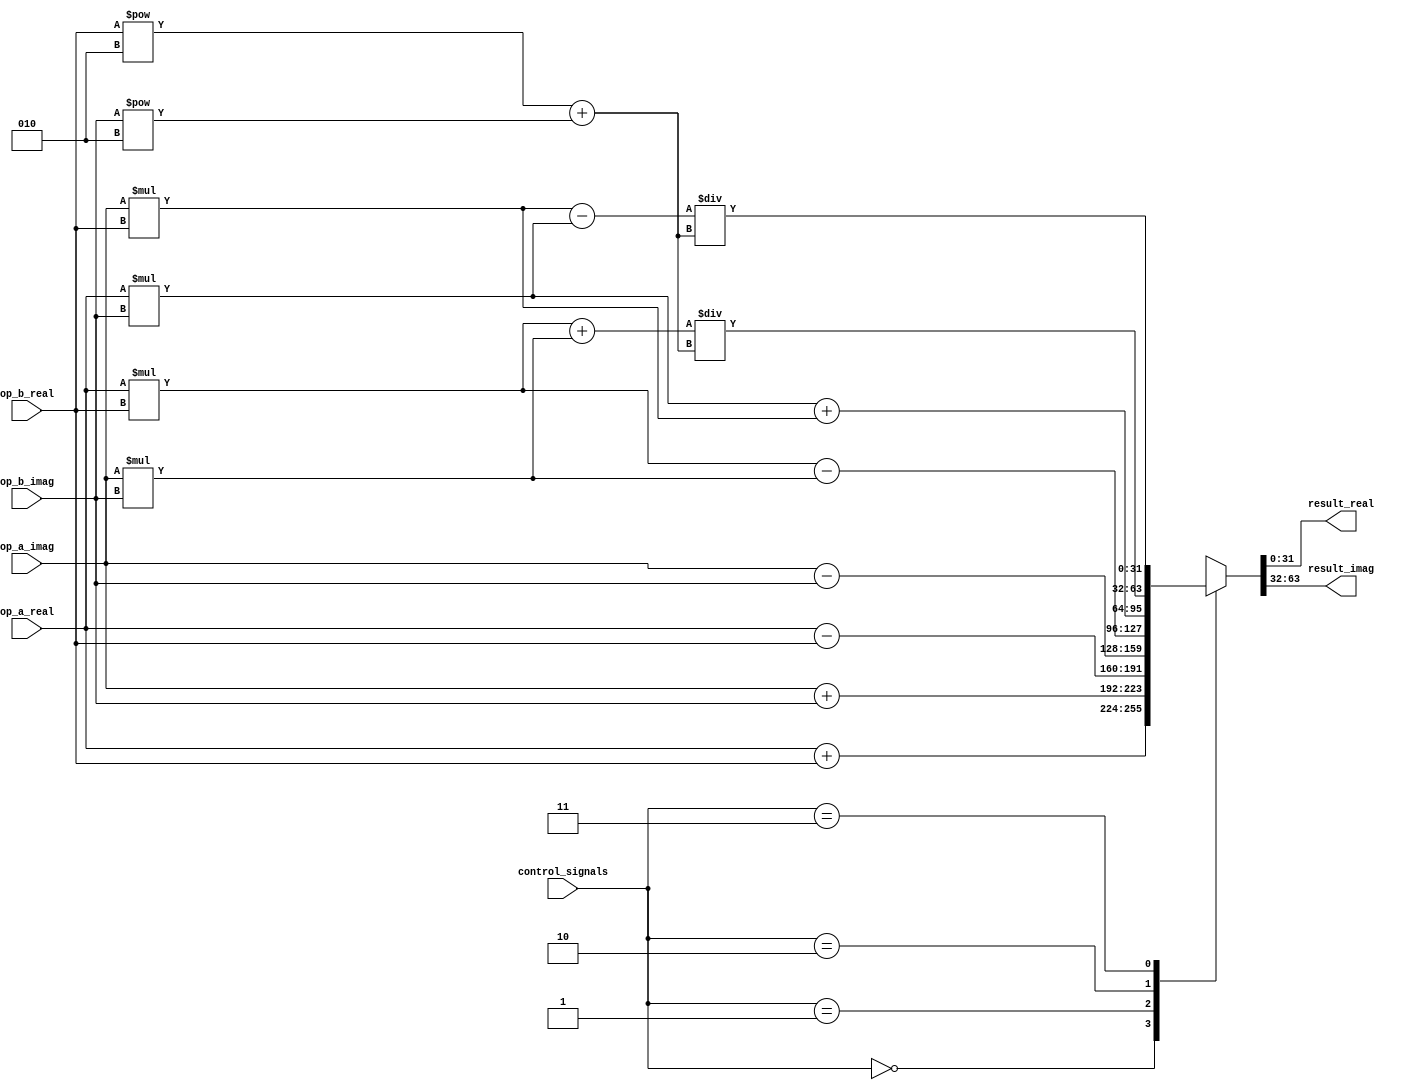
module Complex_ALU (
    input [31:0] op_a_real,      // Input operand A real part
    input [31:0] op_a_imag,      // Input operand A imaginary part
    input [31:0] op_b_real,      // Input operand B real part
    input [31:0] op_b_imag,     // Input operand B imaginary part
    input [1:0] control_signals, // Control signals for selecting operation
    output reg [31:0] result_real,// Output result real part
    output reg [31:0] result_imag // Output result imaginary part
);

reg [63:0] temp_result; // Temporary result for complex arithmetic operations

always @(*) begin
    case (control_signals)
        2'b00: begin // Addition operation
            temp_result = {op_a_real + op_b_real, op_a_imag + op_b_imag};
        end
        2'b01: begin // Subtraction operation
            temp_result = {op_a_real - op_b_real, op_a_imag - op_b_imag};
        end
        2'b10: begin // Multiplication operation
            temp_result = {(op_a_real * op_b_real) - (op_a_imag * op_b_imag), 
                           (op_a_real * op_b_imag) + (op_a_imag * op_b_real)};
        end
        2'b11: begin // Division operation
            temp_result = {((op_a_real * op_b_real) + (op_a_imag * op_b_imag)) / (op_b_real**2 + op_b_imag**2),
                           ((op_a_imag * op_b_real) - (op_a_real * op_b_imag)) / (op_b_real**2 + op_b_imag**2)};
        end
    endcase
end

// Store the real and imaginary parts of the result in separate registers
always @(*) begin
    result_real <= temp_result[31:0];
    result_imag <= temp_result[63:32];
end

endmodule